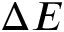
\Delta E